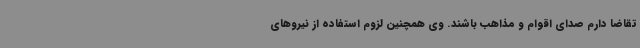
تقاضا دارم صدای اقوام و مذاهب باشند. وی همچنین لزوم استفاده از نیروهای